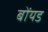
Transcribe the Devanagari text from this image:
बोंयड